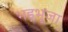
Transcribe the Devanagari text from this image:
भड़भूजा